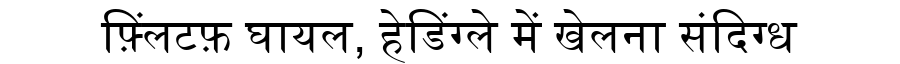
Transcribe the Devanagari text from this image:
फ़्लिंटफ़ घायल, हेडिंग्ले में खेलना संदिग्ध